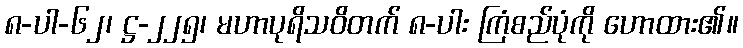
၈-ပါ-၆၂၊ ဋ္ဌ-၂၂၅၊ မဟာပုရိသဝိတက် ၈-ပါး ကြံစည်ပုံကို ဟောထား၏။